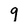
Character: 9